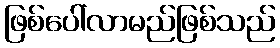
ဖြစ်ပေါ်လာမည်ဖြစ်သည်